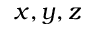
x , y , z